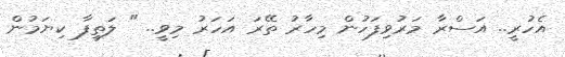
އެހުރީ.. އަސްރާ މަރުވިފަހުން މިހާރު ތޭރަ އަހަރު މިވީ.. " ލަތީފާ ކިޔަމުން